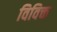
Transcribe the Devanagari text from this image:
विविक्त